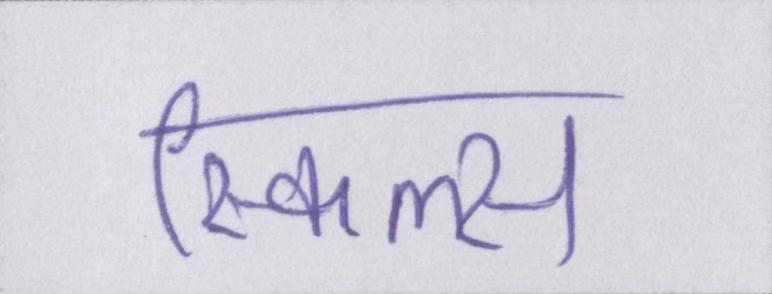
स्किल्स